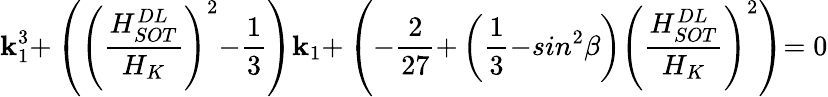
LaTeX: \mathbf{k}_{\mathrm{{1}}}^{\mathrm{{3}}}\mathrm{{+}}\left({\left(\frac{{H_{SOT}^{DL}}}{{H_{K}}}\right)}^{\mathrm{{2}}}\mathrm{{-}}\frac{{\mathrm{{1}}}}{{\mathrm{{3}}}}\right)\mathbf{k}_{\mathrm{{1}}}\mathrm{{+}}\left(\mathrm{{-}}\frac{{\mathrm{{2}}}}{{\mathrm{{27}}}}\mathrm{{+}}\left(\frac{{\mathrm{{1}}}}{{\mathrm{{3}}}}\mathrm{{-}}sin^{\mathrm{{2}}}\beta\right){\left(\frac{{H_{SOT}^{DL}}}{{H_{K}}}\right)}^{\mathrm{{2}}}\right)\mathrm{{=0}}